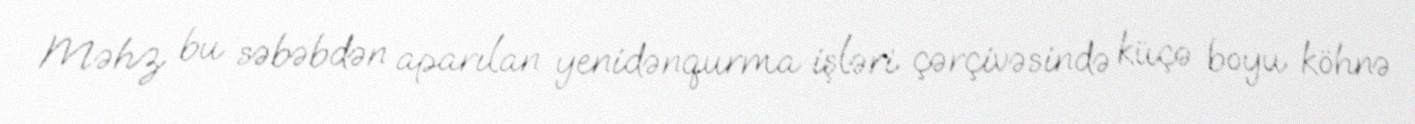
Məhz bu səbəbdən aparılan yenidənqurma işləri çərçivəsində küçə boyu köhnə